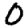
Digit: 0